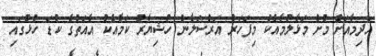
އެދިމާއަށް މުށް މަޅާލުމާއެކު މިފަހަރު އަރްސަލާން ހުޝިޔާރު ކަމާއެކު އެއަތުގެ ކުޑަ ހުޅުގައި